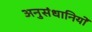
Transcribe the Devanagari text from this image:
अनुसंधानियों